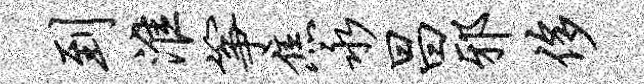
到淮筝焦永昌邪侈